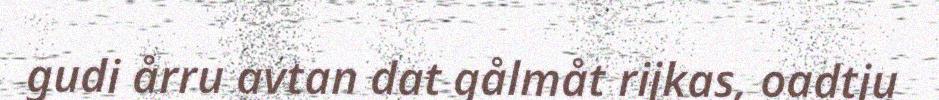
gudi årru avtan dat gålmåt rijkas, oadtju